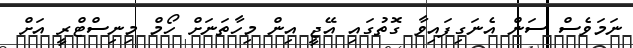
ނަމަވެސް ސަން އެނަގިފައިވާ ގޮތުގައި އޭޖީ އިން މިހާތަނަށް ހޯމް މިނިސްޓްރީ އަށް